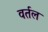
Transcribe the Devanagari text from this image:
वर्तल